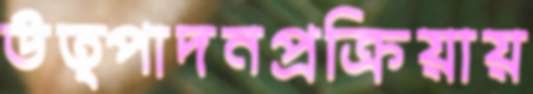
উত্পাদনপ্রক্রিয়ায়